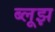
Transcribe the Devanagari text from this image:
ब्लूझ